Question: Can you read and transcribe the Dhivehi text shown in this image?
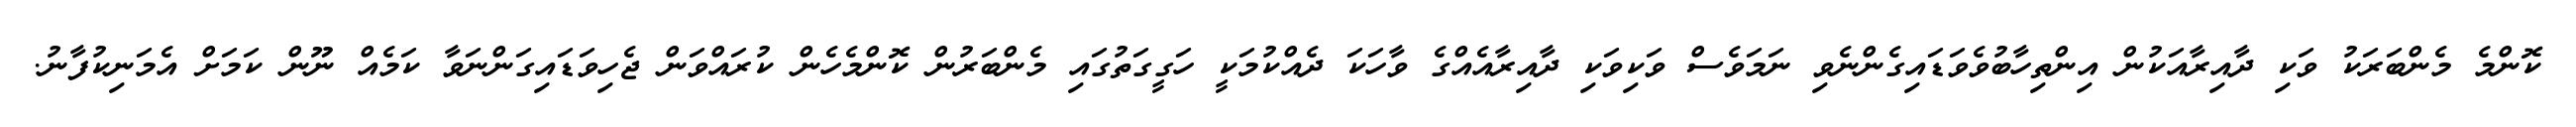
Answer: ކޮންމެ މެންބަރަކު ވަކި ދާއިރާއަކުން އިންތިހާބުވެވަޑައިގެންނެވި ނަމަވެސް ވަކިވަކި ދާއިރާއެއްގެ ވާހަކަ ދެއްކުމަކީ ހަގީގަތުގައި މެންބަރުން ކޮންމެހެން ކުރައްވަން ޖެހިވަޑައިގަންނަވާ ކަމެއް ނޫން ކަމަށް އެމަނިކުފާނު.